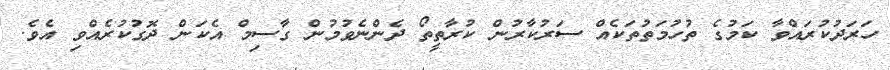
ހަރަދުކުރައްވާ ކަމުގެ ތުހުމަތުތަކެއް ސަރުކާރުން ކުރާތީތޯ ދެންނެވުމުން ގާސިމް އެކަން ދޮގުކުރެއްވި އެވެ.